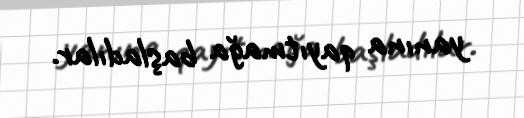
yanına qayıtmağa başladılar.